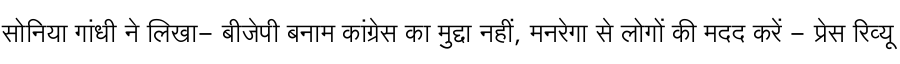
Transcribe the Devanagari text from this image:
सोनिया गांधी ने लिखा- बीजेपी बनाम कांग्रेस का मुद्दा नहीं, मनरेगा से लोगों की मदद करें - प्रेस रिव्यू